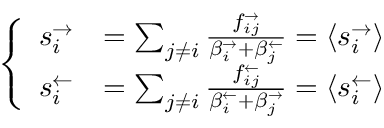
\left\{ \begin{array} { l l } { s _ { i } ^ { \rightarrow } } & { = \sum _ { j \neq i } \frac { f _ { i j } ^ { \rightarrow } } { \beta _ { i } ^ { \rightarrow } + \beta _ { j } ^ { \leftarrow } } = \langle s _ { i } ^ { \rightarrow } \rangle } \\ { s _ { i } ^ { \leftarrow } } & { = \sum _ { j \neq i } \frac { f _ { i j } ^ { \leftarrow } } { \beta _ { i } ^ { \leftarrow } + \beta _ { j } ^ { \rightarrow } } = \langle s _ { i } ^ { \leftarrow } \rangle } \end{array} \right.